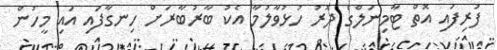
ފުރިފައި އޮތް ޓާމިނަލްގެ ދޮރު ހުޅުވާލުމާ އެކު ބާރުބާރަށް ހިނގާފައި އައި މީހުން